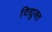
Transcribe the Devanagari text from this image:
विद्युक्त